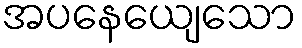
အပနေယျေသော